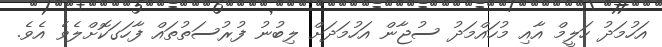
އަހުމަދު ހަލީމް އާއި މުހައްމަދު ސުޖާން އަހުމަދަށް ލިބުނު ފުރުސަތުތައް ފާހަގަކޮށްލެވެ އެވެ.